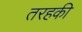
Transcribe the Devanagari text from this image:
तरहकी